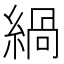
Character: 緺